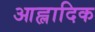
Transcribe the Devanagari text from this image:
आह्लादिक